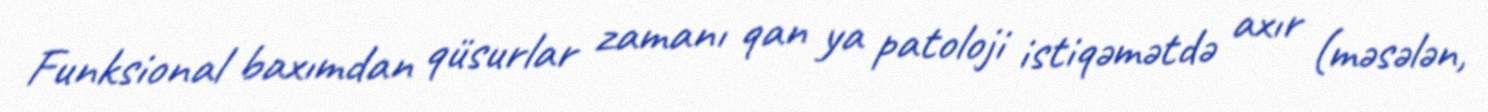
Funksional baxımdan qüsurlar zamanı qan ya patoloji istiqəmətdə axır (məsələn,